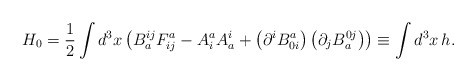
\begin{align*}H_{0}=\frac{1}{2}\int d^{3}x\left(B_{a}^{ij}F_{ij}^{a}-A_{i}^{a}A_{a}^{i}+\left( \partial^{i}B_{0i}^{a}\right) \left( \partial _{j}B_{a}^{0j}\right) \right) \equiv\int d^{3}x\,h. \end{align*}